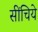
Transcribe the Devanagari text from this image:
सींचिये